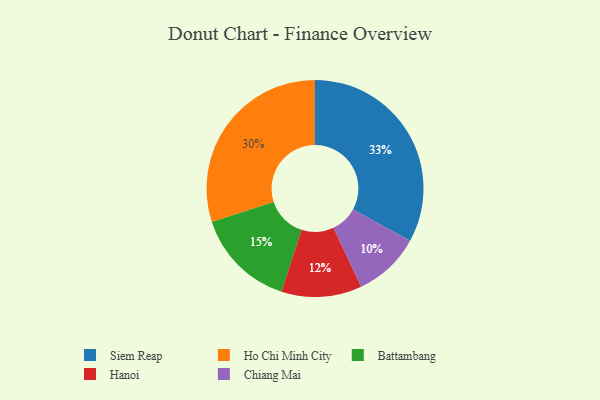
{"axis": {"x": "Category", "y": "Percentage"}, "legend": ["Battambang", "Chiang Mai", "Hanoi", "Ho Chi Minh City", "Siem Reap"], "data": [{"x": "Ho Chi Minh City", "y": 30, "type": "Ho Chi Minh City"}, {"x": "Chiang Mai", "y": 10, "type": "Chiang Mai"}, {"x": "Siem Reap", "y": 33, "type": "Siem Reap"}, {"x": "Battambang", "y": 15, "type": "Battambang"}, {"x": "Hanoi", "y": 12, "type": "Hanoi"}]}